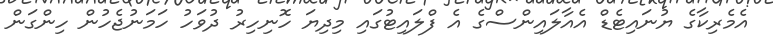
އެމެރިކާގެ ޔުނައިޓެޑް އެއާލައިންސްގެ އެ ފްލައިޓުގައި މިދިޔަ ހޮނިހިރު ދުވަހު ހަމަނުޖެހުން ހިންގަން